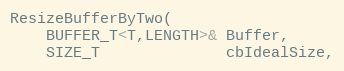
Language: C
ResizeBufferByTwo(
    BUFFER_T<T,LENGTH>& Buffer,
    SIZE_T              cbIdealSize,